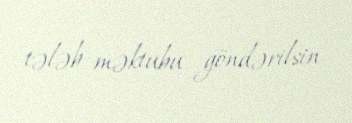
tələb məktubu göndərilsin.